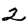
Digit: 2